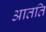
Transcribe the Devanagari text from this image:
आतति